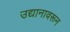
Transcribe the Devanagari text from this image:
उद्यानावरून